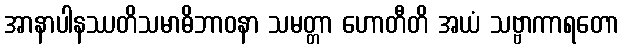
အာနာပါနဿတိသမာဓိဘာဝနာ သမတ္တာ ဟောတီတိ အယံ သဗ္ဗာကာရတော